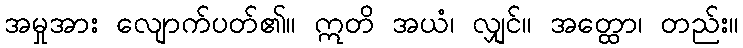
အမှုအား လျောက်ပတ်၏။ ဣတိ အယံ၊ လျှင်။ အတ္ထော၊ တည်း။